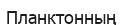
Планктонның